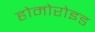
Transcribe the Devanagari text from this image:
होमोरोइड